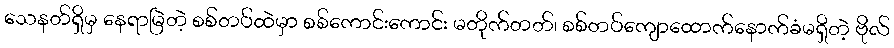
သေနတ်ရှိမှ နေရာမြဲတဲ့ စစ်တပ်ထဲမှာ စစ်ကောင်းကောင်း မတိုက်တတ်၊ စစ်တပ်ကျောထောက်နောက်ခံမရှိတဲ့ ဗိုလ်